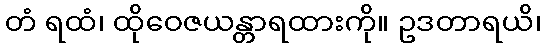
တံ ရထံ၊ ထိုဝေဇယန္တာရထားကို။ ဥဒတာရယိ၊